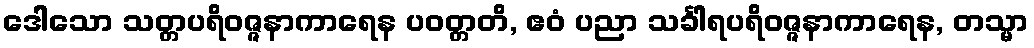
ဒေါသော သတ္တပရိဝဇ္ဇနာကာရေန ပဝတ္တတိ, ဧဝံ ပညာ သင်္ခါရပရိဝဇ္ဇနာကာရေန, တသ္မာ